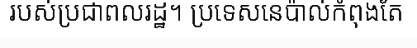
របស់ប្រជាពលរដ្ឋ។ ប្រទេសនេប៉ាល់កំពុងតែ